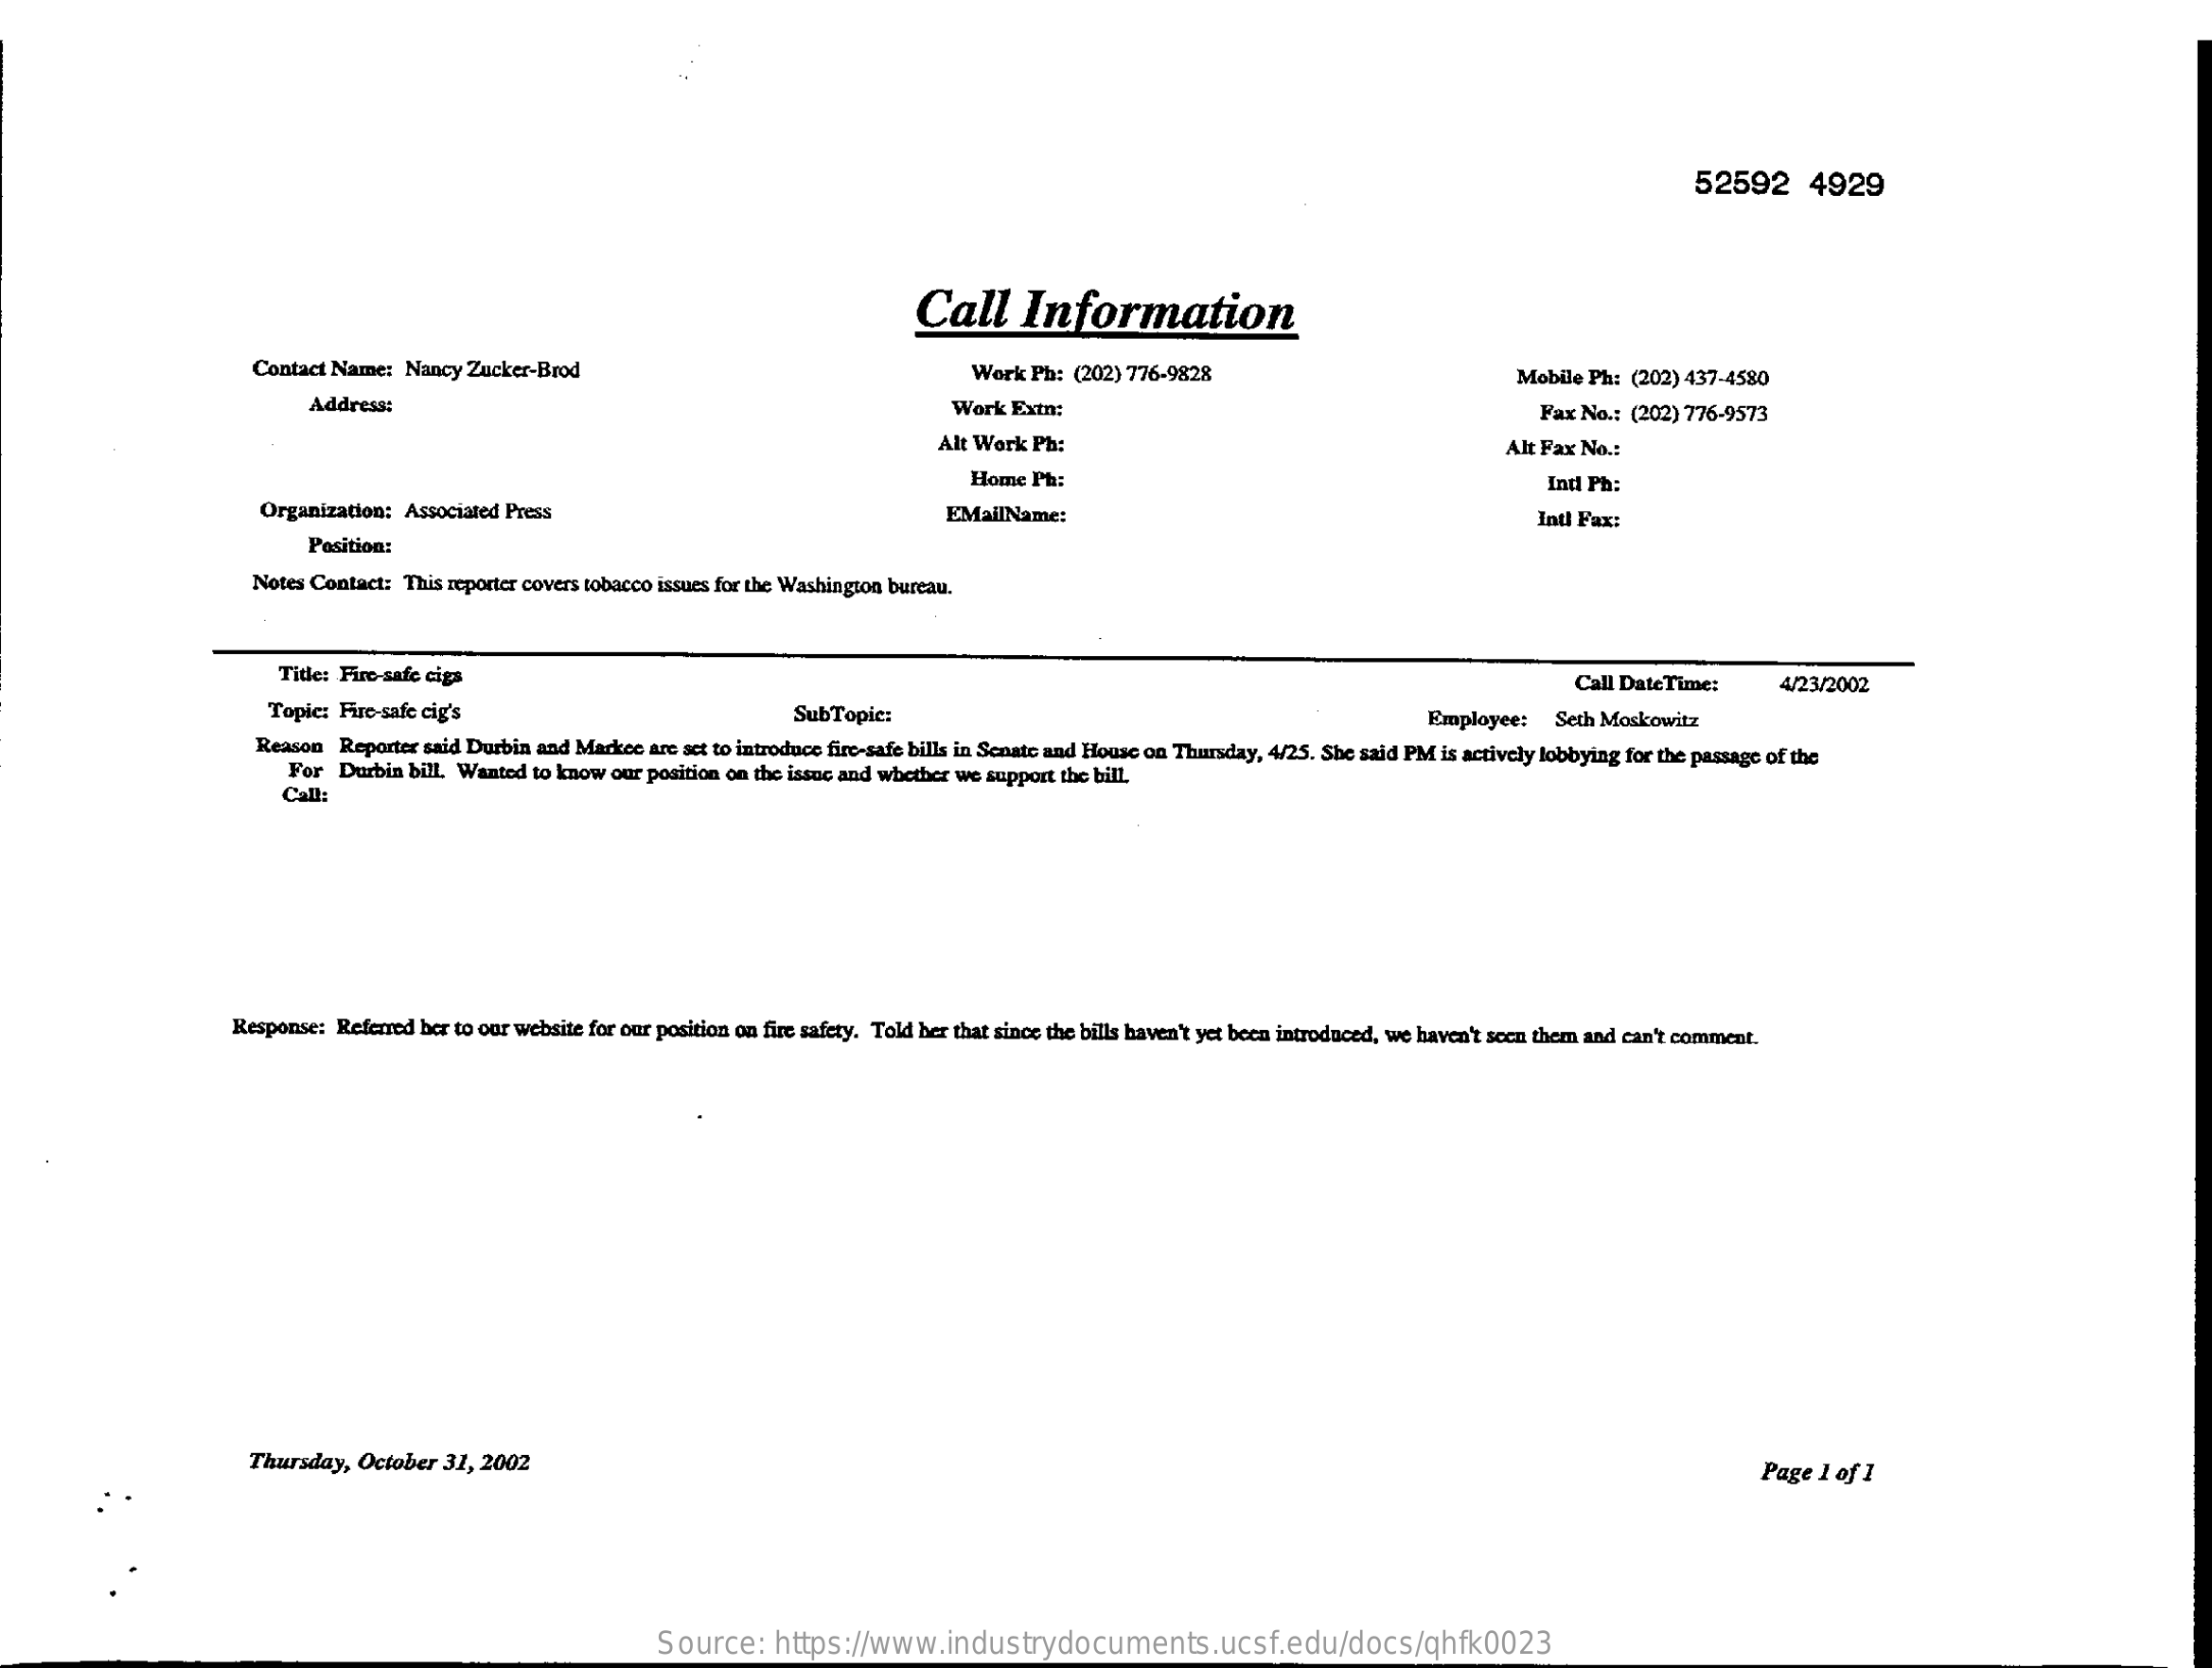
52592    4929
     Call    Information
     Contact Name: Nancy Zucker-Brod    Work Ph: (202) 776-9828    Mobile Ph: (202) 437-4580
     Address:    Work Extn:    Fax No .: (202) 776-9573
     Alt Work Ph:    Alt Fax No .:
     Home Ph:    Ind Ph:
     Organization: Associated Press    EMailName:    Intl Fax:
     Position:
     Notes Contact: This reporter covers tobacco issues for the Washington bureau.
     Title: Fire-safe cigs    Call DateTime:    4/23/2002
     Topic: Fire-safe cig's    SubTopic:    Employee:  Seth Moskowitz
     Reason Reporter said Durbin and Markce are set to introduce fire-safe bills in Senate and House on Thursday, 4/25. She said PM is actively lobbying for the passage of the
     For Durbin bill. Wanted to know our position on the issue and whether we support the bill.
     Call:
     Response: Referred ber to our website for our position on fire safety. Told her that since the bills haven't yet been introduced, we haven't seen them and can't comment.
     Thursday, October 31, 2002    Page 1 of 1
     Source:    https://www.industrydocuments.ucsf.edu/docs/qhfk0023